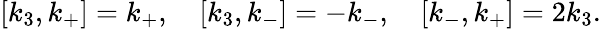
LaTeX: [k_{3},k_{+}]=k_{+},\quad[k_{3},k_{-}]=-k_{-},\quad[k_{-},k_{+}]=2k_{3}.